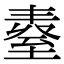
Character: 𦥆